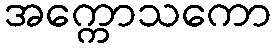
အက္ကောသကော